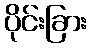
ပိုင်းခြား